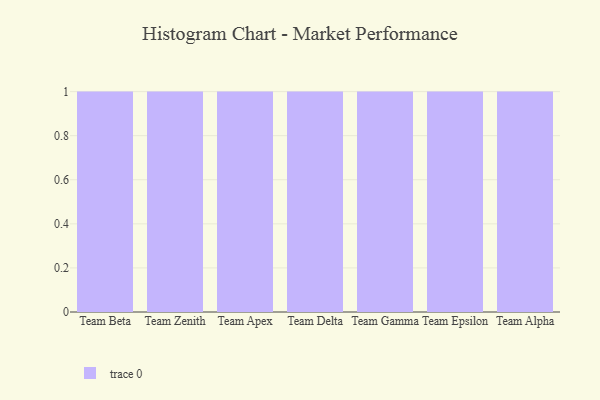
{"axis": {"x": "Team", "y": "Temperature (°C)"}, "legend": [""], "data": [{"x": "Team Beta", "y": 7, "type": ""}, {"x": "Team Zenith", "y": 15, "type": ""}, {"x": "Team Apex", "y": 72, "type": ""}, {"x": "Team Delta", "y": 13, "type": ""}, {"x": "Team Gamma", "y": 44, "type": ""}, {"x": "Team Epsilon", "y": 83, "type": ""}, {"x": "Team Alpha", "y": 97, "type": ""}]}